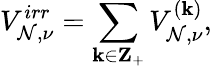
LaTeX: V_{\mathcal{N},\nu}^{irr}=\sum_{\mathbf{k}\in{\mathbf{Z}}_{+}}V_{\mathcal{N},\nu}^{(\mathbf{k})},